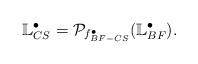
LaTeX: \begin{align*}\mathbb{L}_{CS}^\bullet = \mathcal{P}_{f^\bullet_{BF-CS}}(\mathbb{L}_{BF}^\bullet).\end{align*}